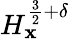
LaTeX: H_{\mathbf{x}}^{\frac{{3}}{{2}}+\delta}